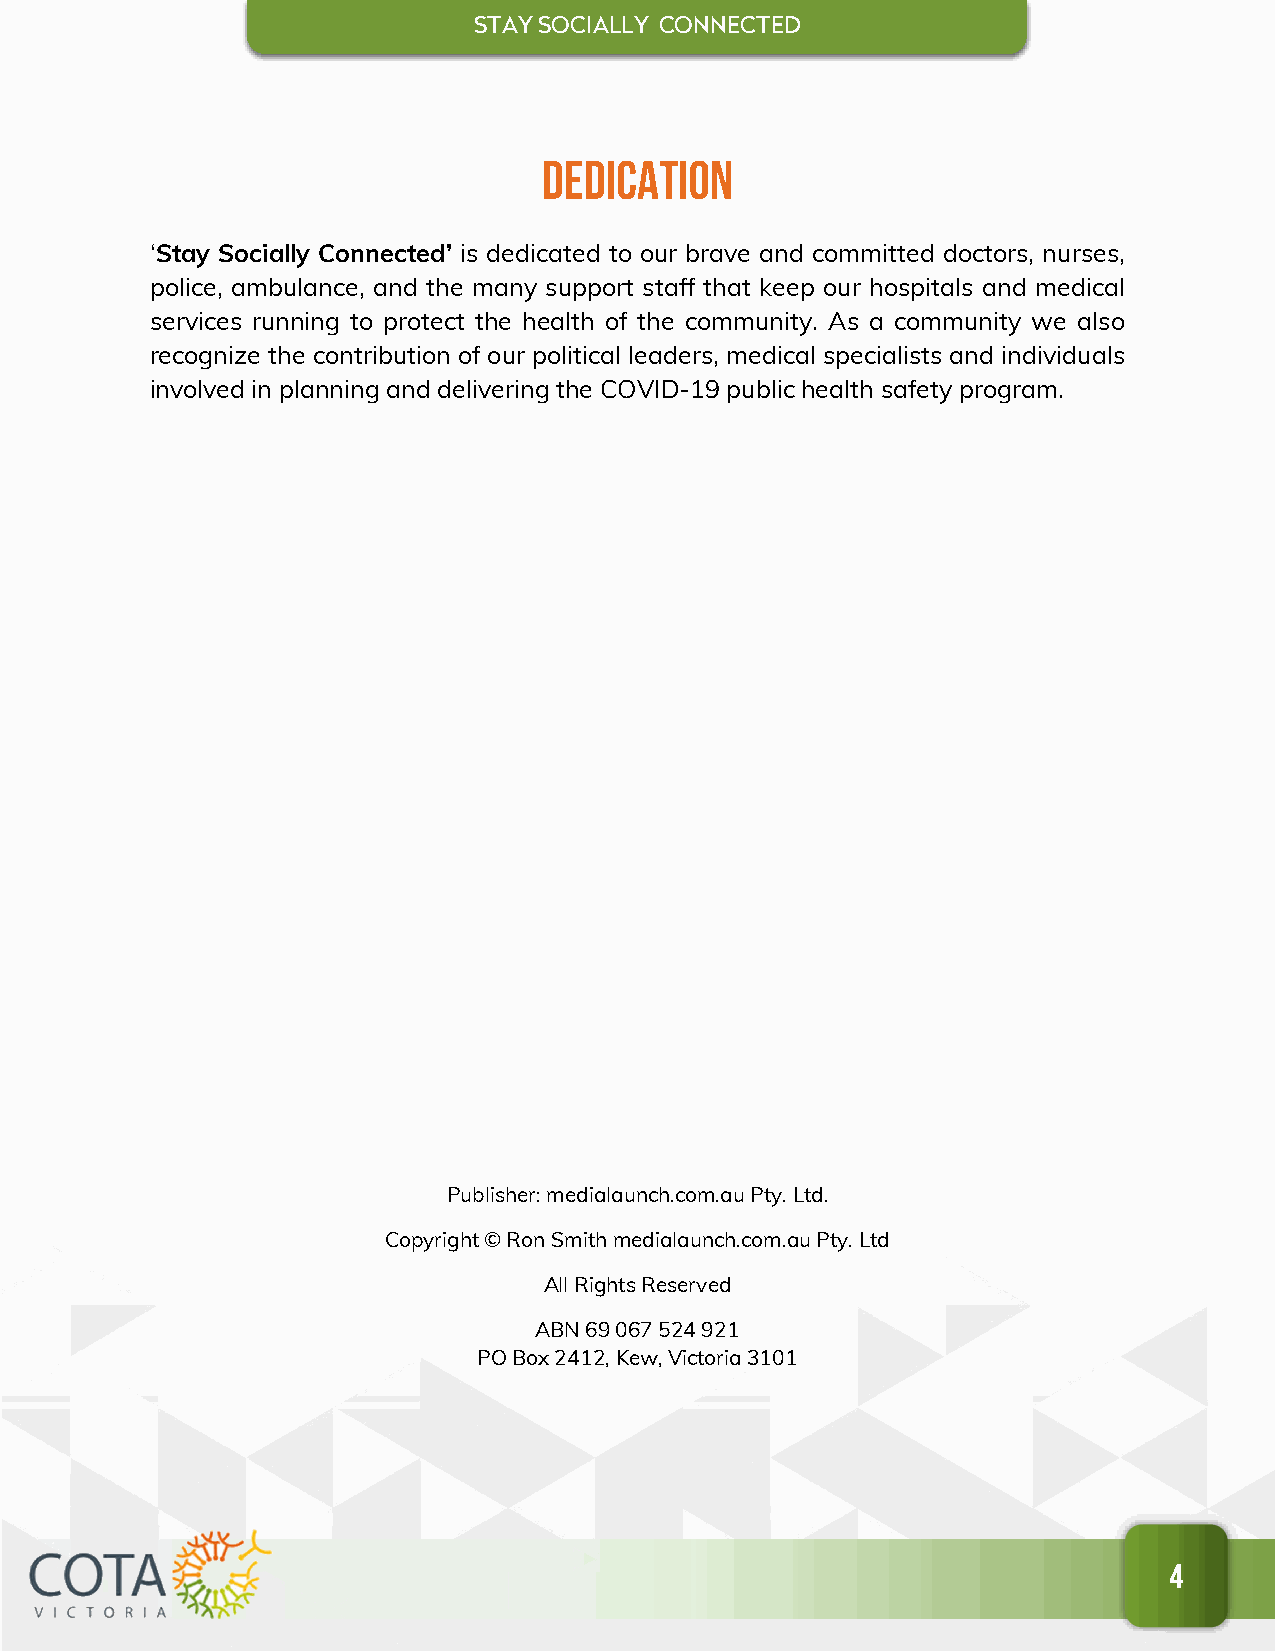
STAY SOCIALL Y CONNECTED
 Dedication
 ‘Stay Socially Connected’ is dedicated to our brave and committed doctors, nurses,
 police, ambulance, and the many support staff that keep our hospitals and medical
 services running to protect the health of the community. As a community we also
 recognize the contribution of our political leaders, medical specialists and individuals
 involved in planning and delivering the COVID-19 public health safety program.
 Publisher: medialaunch.com.au Pty. Ltd.
 Copyright © Ron Smith medialaunch.com.au Pty. Ltd
 All Rights Reserved
 ABN 69 067 524 921
 PO Box 2412, Kew, Victoria 3101
 4